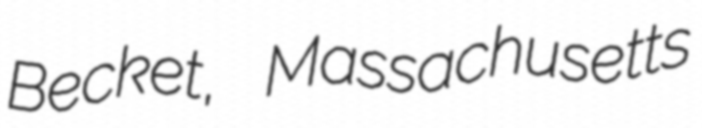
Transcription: Becket, Massachusetts